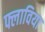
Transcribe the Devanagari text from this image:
फ्लाविया